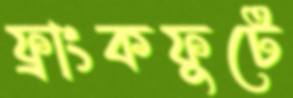
ফ্রাংকফুর্টে